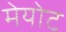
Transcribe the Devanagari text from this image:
मेयोट